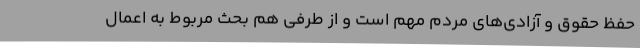
حفظ حقوق و آزادی‌های مردم مهم است و از طرفی هم بحث مربوط به اعمال